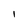
Character: I